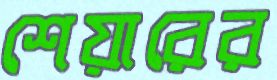
শেয়ারের